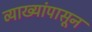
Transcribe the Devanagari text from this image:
व्याख्यांपासून